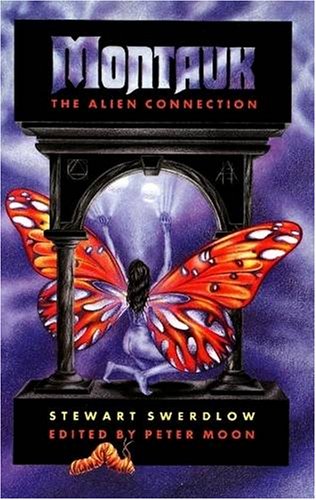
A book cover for Montauk: The Alien Connection; Stewart Swerdlow; Science & Math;